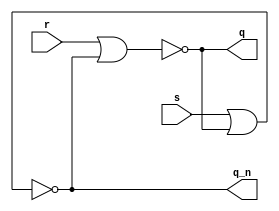
module ex3
(
	input s,
	input r,
	output q,
	output q_n
);
	assign q = ~ ( r | q_n ) ;
	assign q_n = ~ ( s | q ) ;
endmodule

module ex4
(
	input clk ,
	input d,
	output q,
	output q_n
);
	wire r = ~d & clk;
	wire s = d & clk ;
	ex3 sr_latch (s, r, q, q_n) ;
endmodule


module ex5 
(
	input clk,
	input d,
	output q,
	output q_n
);
	wire n1;
	
	ex4 master (
		. clk ( ~ clk ) ,
		.d ( d ) ,
		.q ( n1 )
	);
	
	ex4 slave (
		. clk ( clk ) ,
		.d ( n1 ) ,
		.q ( q ) ,
		.q_n ( q_n )
	);
endmodule